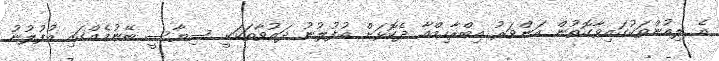
އެ ލިއުންތަކުގައިވާގޮތުން އަންވަރު އިބްރާހިމްއާ ދެކޮޅަށް އުފުލުނު ދައުވާތަކަކީ ސިޔާސީ ބޭނުމެއްގައި އުފުލުނު